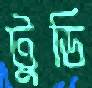
টুডি